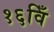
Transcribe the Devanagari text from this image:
१६विँ